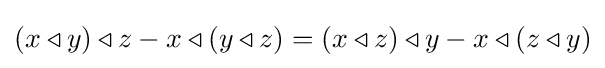
(x\triangleleft y)\triangleleft z-x\triangleleft (y\triangleleft z)=(x\triangleleft z)\triangleleft y-x\triangleleft (z\triangleleft y)